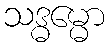
သဒ္ဓမ္မော